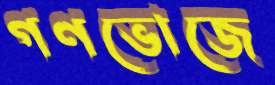
গণভোজে